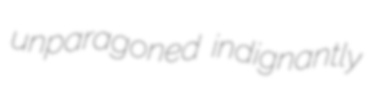
unparagoned indignantly